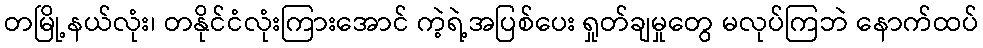
တမြို့နယ်လုံး၊ တနိုင်ငံလုံးကြားအောင် ကဲ့ရဲ့အပြစ်ပေး ရှုတ်ချမှုတွေ မလုပ်ကြဘဲ နောက်ထပ်